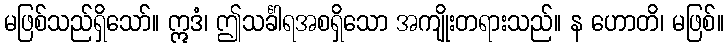
မဖြစ်သည်ရှိသော်။ ဣဒံ၊ ဤသင်္ခါရအစရှိသော အကျိုးတရားသည်။ န ဟောတိ၊ မဖြစ်။